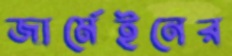
জার্মেইনের